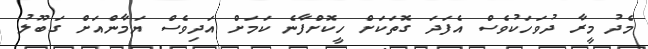
މެދު މީރާ ދުވަހަކުވެސް އެފަދަ ގޮތަކަށް ހީކޮށްފާނެ ކަމަށް އަދިވެސް ޔަމާންއަށް ގަބޫލު